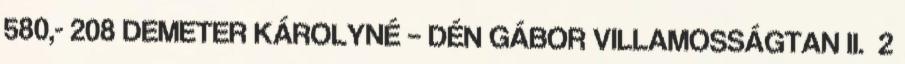
580,- 208 DEMETER KÁROLYNÉ – DÉN GÁBOR VILLAMOSSÁGTAN II. 2